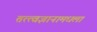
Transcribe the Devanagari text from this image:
तत्त्वज्ञानामधला